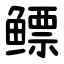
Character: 鳔